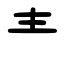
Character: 龶